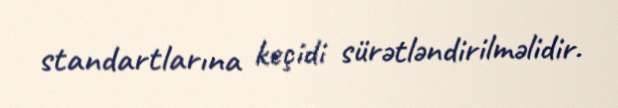
standartlarına keçidi sürətləndirilməlidir.